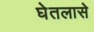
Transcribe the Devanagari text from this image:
घेतलासे